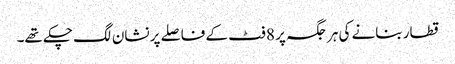
قطار بنانے کی ہر جگہ پر 8 فٹ کے فاصلے پر نشان لگ چکے تھے۔